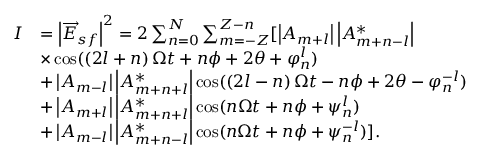
\begin{array} { r l } { I } & { = \left\vert \overrightarrow { E } _ { s f } \right\vert ^ { 2 } = 2 \sum _ { n = 0 } ^ { N } \sum _ { m = - Z } ^ { Z - n } [ \left\vert A _ { m + l } \right\vert \left\vert A _ { m + n - l } ^ { \ast } \right\vert } \\ & { \times \cos ( \left( 2 l + n \right) \Omega t + n \phi + 2 \theta + \varphi _ { n } ^ { l } ) } \\ & { + \left\vert A _ { m - l } \right\vert \left\vert A _ { m + n + l } ^ { \ast } \right\vert \cos ( \left( 2 l - n \right) \Omega t - n \phi + 2 \theta - \varphi _ { n } ^ { - l } ) } \\ & { + \left\vert A _ { m + l } \right\vert \left\vert A _ { m + n + l } ^ { \ast } \right\vert \cos ( n \Omega t + n \phi + \psi _ { n } ^ { l } ) } \\ & { + \left\vert A _ { m - l } \right\vert \left\vert A _ { m + n - l } ^ { \ast } \right\vert \cos ( n \Omega t + n \phi + \psi _ { n } ^ { - l } ) ] . } \end{array}